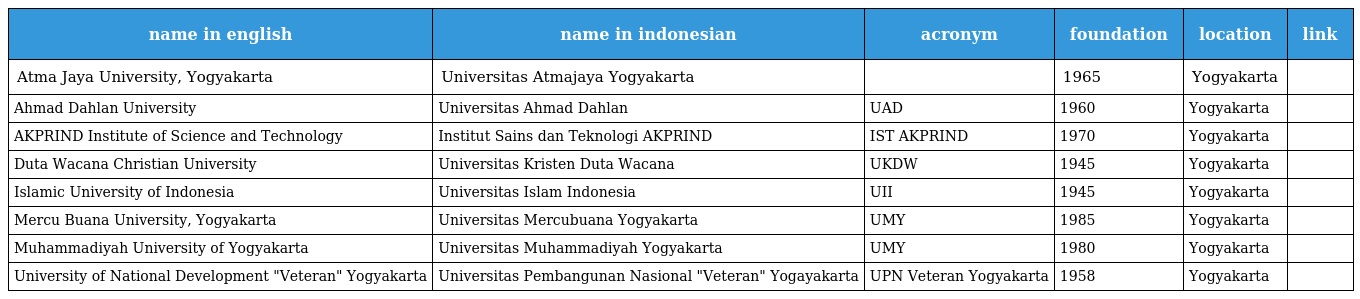
| name in english | name in indonesian | acronym | foundation | location | link |
 | --- | --- | --- | --- | --- | --- |
 | Atma Jaya University, Yogyakarta | Universitas Atmajaya Yogyakarta |  | 1965 | Yogyakarta |  |
 | Ahmad Dahlan University | Universitas Ahmad Dahlan | UAD | 1960 | Yogyakarta |  |
 | AKPRIND Institute of Science and Technology | Institut Sains dan Teknologi AKPRIND | IST AKPRIND | 1970 | Yogyakarta |  |
 | Duta Wacana Christian University | Universitas Kristen Duta Wacana | UKDW | 1945 | Yogyakarta |  |
 | Islamic University of Indonesia | Universitas Islam Indonesia | UII | 1945 | Yogyakarta |  |
 | Mercu Buana University, Yogyakarta | Universitas Mercubuana Yogyakarta | UMY | 1985 | Yogyakarta |  |
 | Muhammadiyah University of Yogyakarta | Universitas Muhammadiyah Yogyakarta | UMY | 1980 | Yogyakarta |  |
 | University of National Development "Veteran" Yogyakarta | Universitas Pembangunan Nasional "Veteran" Yogayakarta | UPN Veteran Yogyakarta | 1958 | Yogyakarta |  |